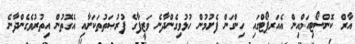
އާރް ކޮންސޯޓިއަމްއިން އެއަރޕޯޓްގައި ހިންގަން ފެށުމުން ހުޅުވިގެންދާނެ ވަޒީފާގެ ފުރުޞަތުތަކަށާއި އެގޮތުން އިތުރުވެގެންދާނެ